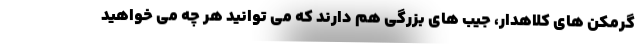
گرمکن های کلاهدار، جیب های بزرگی هم دارند که می توانید هر چه می خواهید